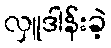
လှူဒါန်းခဲ့